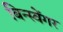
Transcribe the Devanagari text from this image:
बिन्स्वेंगर